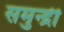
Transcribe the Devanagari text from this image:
समुन्द्री